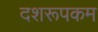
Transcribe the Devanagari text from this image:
दशरूपकम